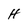
Character: H